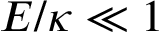
E / \kappa \ll 1